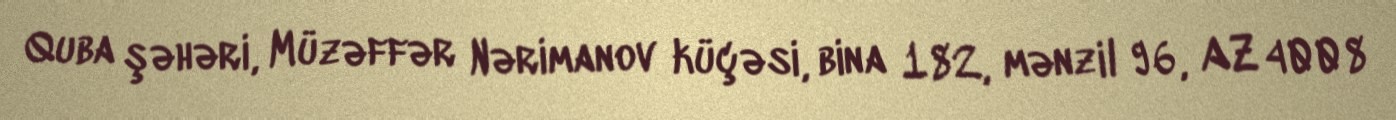
Quba şəhəri, Müzəffər Nərimanov küçəsi, bina 182, mənzil 96, AZ 4008